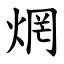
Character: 焹